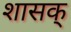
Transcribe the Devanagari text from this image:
शासक्